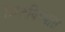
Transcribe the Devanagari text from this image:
मिटविण्यात